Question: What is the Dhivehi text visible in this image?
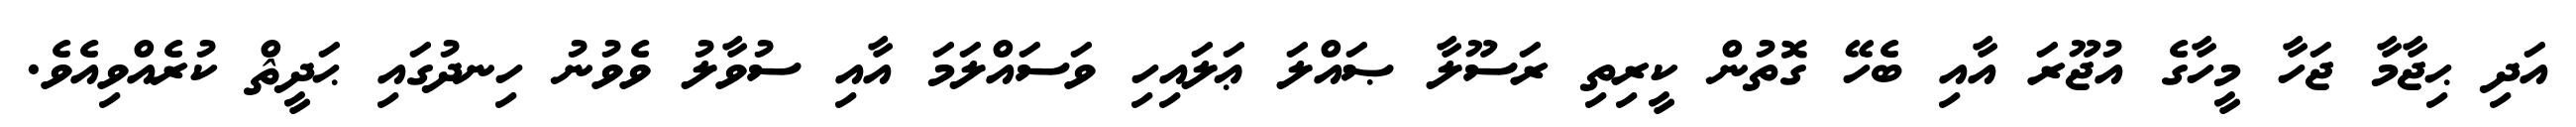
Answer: އަދި ޙިޖާމާ ޖަހާ މީހާގެ އުޖޫރަ އާއި ބެހޭ ގޮތުން ކީރިތި ރަސޫލާ ޞައްލަ ޢަލައިހި ވަސައްލަމަ އާއި ސުވާލު ވެވުނު ހިނދުގައި ޙަދީޘް ކުރެއްވިއެވެ.